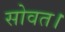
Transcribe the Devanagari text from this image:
सोवत।